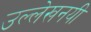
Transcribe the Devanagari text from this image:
उल्लेखनयी